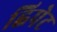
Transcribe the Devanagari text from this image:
ह्विपेट